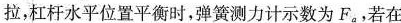
拉，杠杆水平位置平衡时，弹簧测力计示数为F_{a}，若在